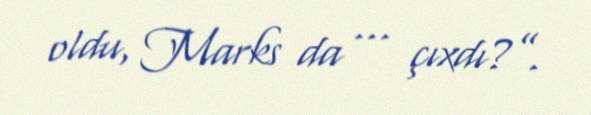
oldu, Marks da ... çıxdı?”.